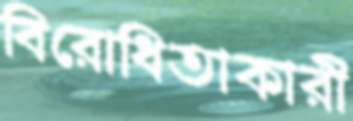
বিরোধিতাকারী